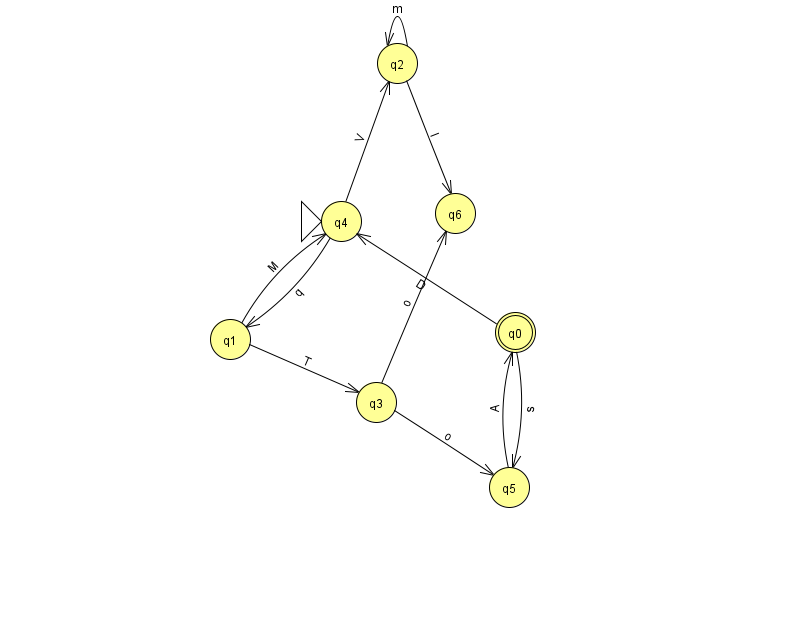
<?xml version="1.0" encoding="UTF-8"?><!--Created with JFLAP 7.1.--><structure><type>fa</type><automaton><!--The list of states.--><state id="0" name="q0"><x>515.0</x><y>319.0</y><final/></state><state id="1" name="q1"><x>230.0</x><y>326.0</y></state><state id="2" name="q2"><x>397.0</x><y>50.0</y></state><state id="3" name="q3"><x>376.0</x><y>389.0</y></state><state id="4" name="q4"><x>341.0</x><y>208.0</y><initial/></state><state id="5" name="q5"><x>509.0</x><y>474.0</y></state><state id="6" name="q6"><x>455.0</x><y>200.0</y></state><!--The list of transitions.--><transition><from>2</from><to>6</to><read>I</read></transition><transition><from>4</from><to>1</to><read>q</read></transition><transition><from>5</from><to>0</to><read>A</read></transition><transition><from>0</from><to>5</to><read>s</read></transition><transition><from>4</from><to>2</to><read>V</read></transition><transition><from>1</from><to>3</to><read>T</read></transition><transition><from>3</from><to>6</to><read>o</read></transition><transition><from>0</from><to>4</to><read>D</read></transition><transition><from>2</from><to>2</to><read>m</read></transition><transition><from>1</from><to>4</to><read>M</read></transition><transition><from>3</from><to>5</to><read>o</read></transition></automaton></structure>